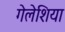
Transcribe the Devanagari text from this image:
गेलेशिया